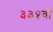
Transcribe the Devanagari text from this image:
३३१वाँ